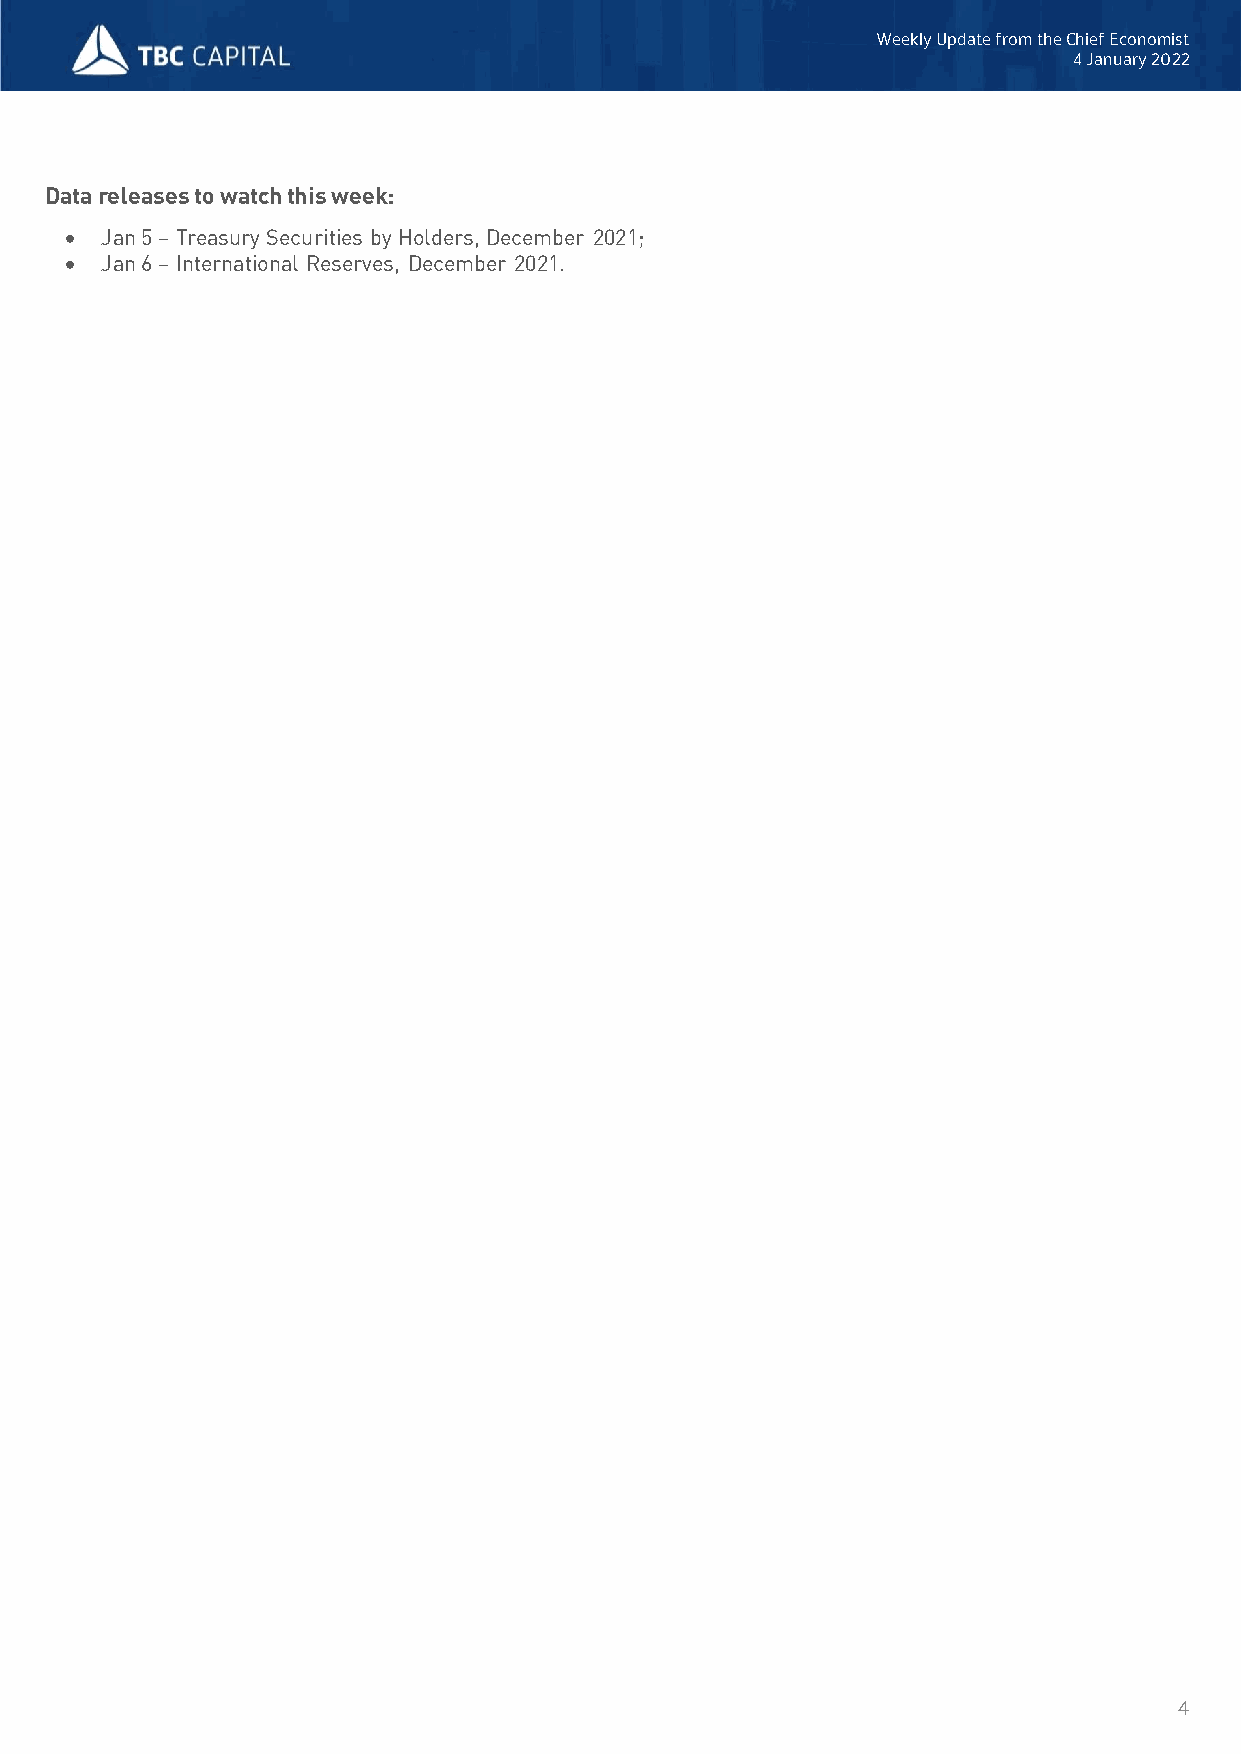
Weekly Update from the Chief Economist
 4January 2022
 Datareleasestowatchthisweek:
   Jan 5–Treasury Securities by Holders, December 2021;
   Jan 6 –International Reserves, December 2021.
 4